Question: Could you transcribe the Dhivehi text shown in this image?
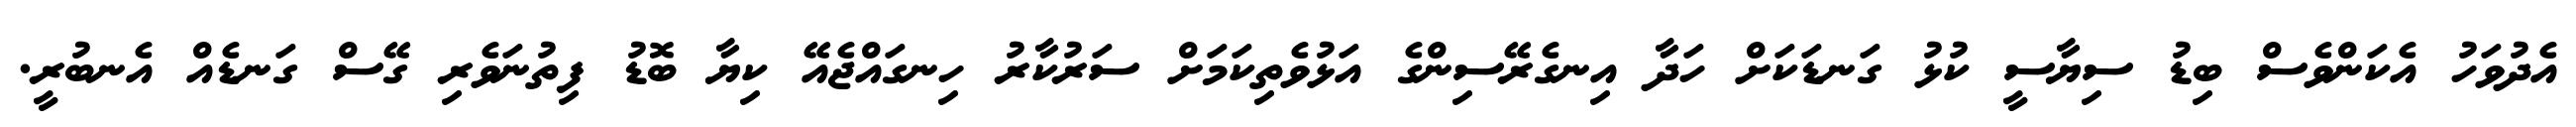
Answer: އެދުވަހު އެކަންވެސް ބިޑު ސިޔާސީ ކުޅު ގަނޑަކަށް ހަދާ އިނގެރޭސިންގެ އަޅުވެތިކަމަށް ސަރުކާރު ހިނގައްޖެއޭ ކިޔާ ބޮޑު ފިތުނަވެރި ގޭސް ގަނޑެއް އެނބުރީ.